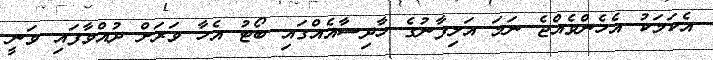
އެކަމަކު އެހެންވެއްޖެ ނަމަ އަލިފާނުގެ ހާދިސާއެއްގައި ބޯޓު އެހާ ވަރަށް ދުއްވާފައި ވަނީ